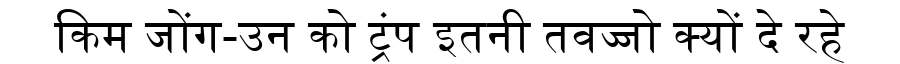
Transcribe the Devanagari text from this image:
किम जोंग-उन को ट्रंप इतनी तवज्जो क्यों दे रहे